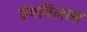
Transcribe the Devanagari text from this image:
प्रेमविलास